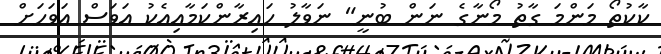
ކާކުތޯ މަންމަ ގާތު މޯނާގެ ނަން ބުނީ" ނަވާލު ހައިރާންކަމާއިއެކު އަވަސް އަވަހަށް